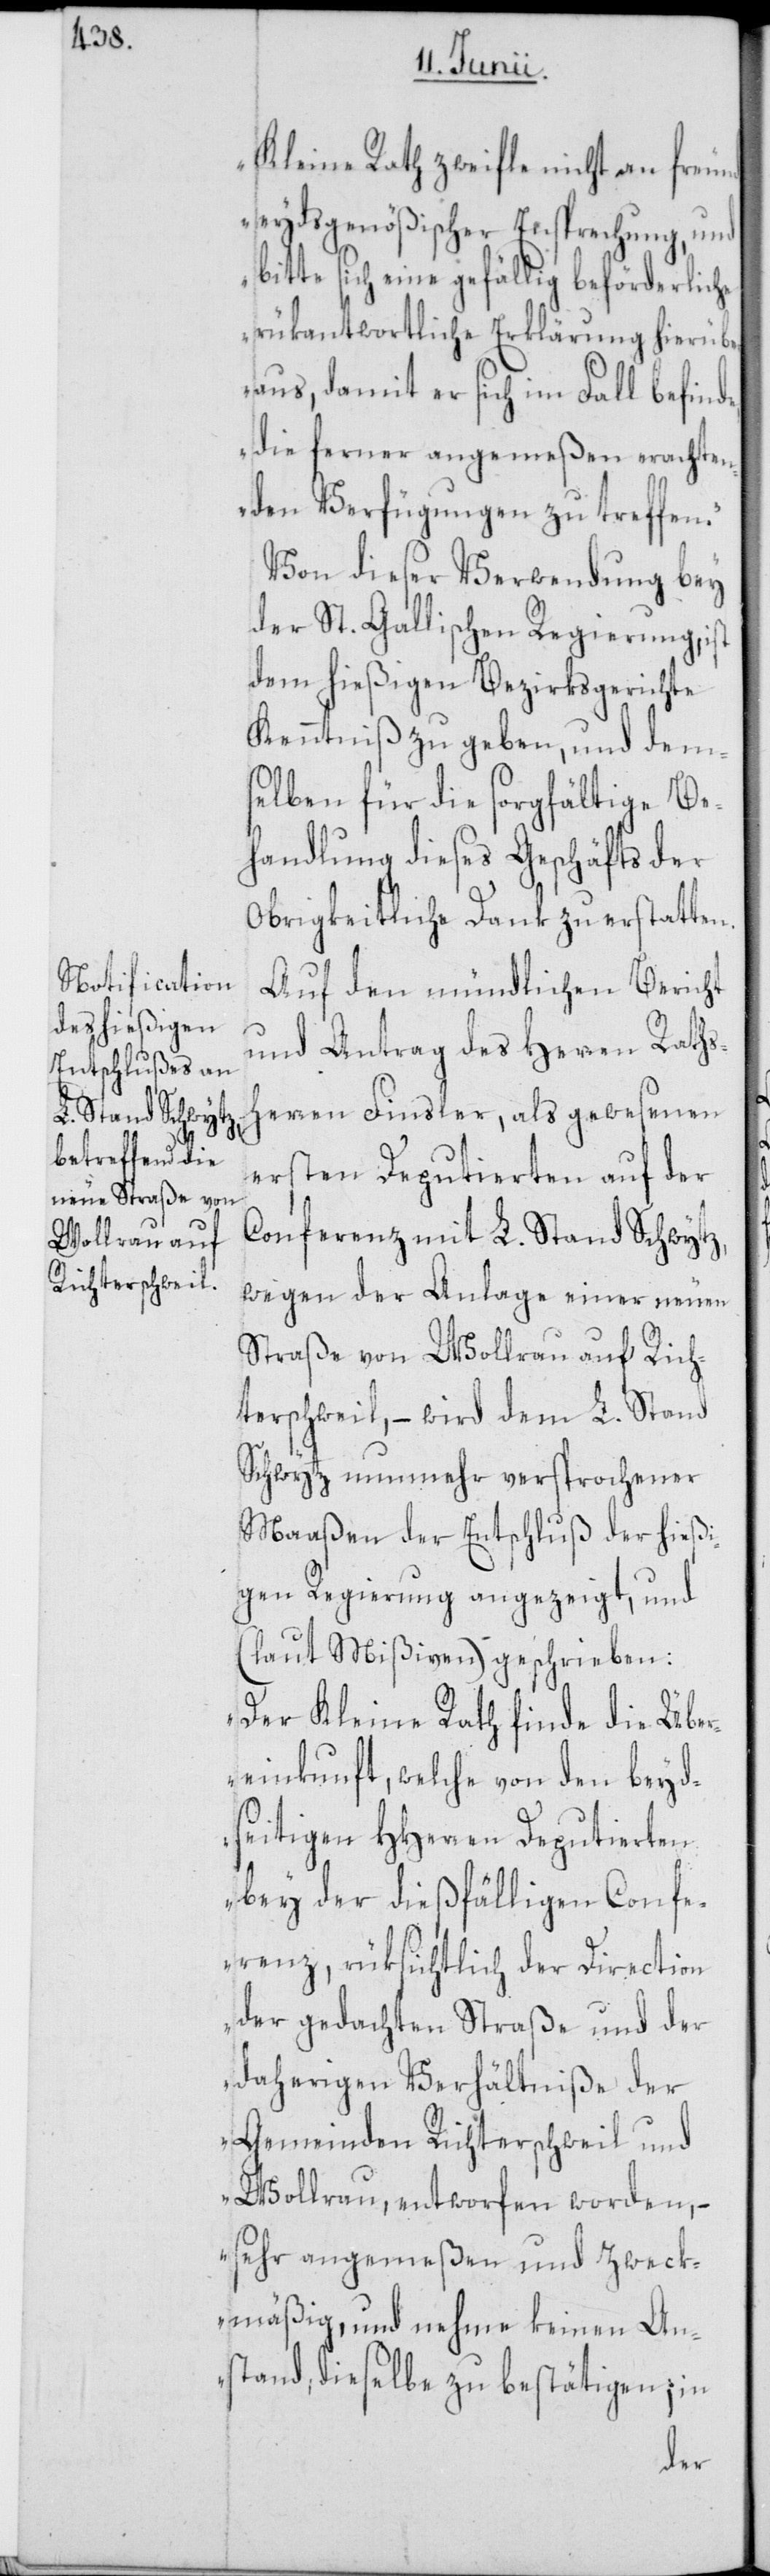
Kleine Rath zweifle nicht an freun¬
deydsgenößischer En[t]sprechung, und
bitte sich eine gefällig beförderliche
rükantwortliche Erklärung hierüber
aus, damit er sich im Fall befinde,
die ferner angemeßen erachten¬
den Verfügungen zu treffen.“
Von dieser Verwendung bey
der St. Gallischen Regierung, ist
dem hießigen Bezirksgerichte
Kenntniß zu geben, und dem¬
selben für die sorgfältige Be¬
handlung dieses Geschäfts der
Obrigkeitliche Dank zu erstatten.
Auf den mündlichen Bericht
und Antrag des Herren Raths¬
herren Finsler, als gewesenen
ersten Deputierten auf der
Conferenz mit L. Stand Schwytz,
wegen der Anlage einer neuen
Straße von Wollrau auf Rich¬
terschweil, – wird dem L. Stand
Schwytz nunmehr versprochener
Maaßen der Entschluß der hießi¬
gen Regierung angezeigt, und
(laut Mißiven) geschrieben:
„Der Kleine Rath finde die Über¬
einkunft, welche von den beyd¬
seitigen HHerren Deputierten
bey der dießfälligen Confe¬
renz, rüksichtlich der Direction
der gedachten Straße und der
daherigen Verhältniße der
Gemeinden Richterschweil und
Wollrau, entworfen worden, –
sehr angemeßen und zweck¬
mäßig, und nehme keinen An¬
stand, dieselbe zu bestätigen; in